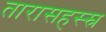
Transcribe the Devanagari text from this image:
तारासहस्स्र